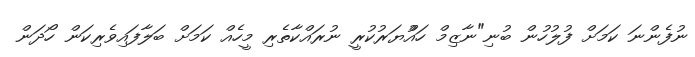
ނުފެންނަ ކަމަށް ފުލުހުން ބުނި"ނާޒިމް ހައްުޔަރުކުރީ ނުރައްކާތެރި މީހެއް ކަމަށް ބަލާފައިވެރިކަން ހޯދަން